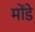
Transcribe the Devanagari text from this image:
मोंड़े